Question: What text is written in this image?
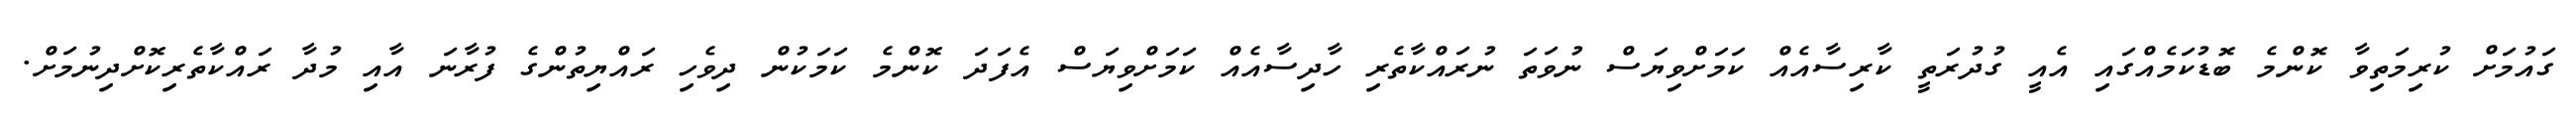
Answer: ގައުމަށް ކުރިމަތިވާ ކޮންމެ ބޮޑުކަމެއްގައި އެއީ ގުދުރަތީ ކާރިސާއެއް ކަމަށްވިޔަސް ނުވަތަ ނުރައްކާތެރި ހާދިސާއެއް ކަމަށްވިޔަސް އެފަދަ ކޮންމެ ކަމަކުން ދިވެހި ރައްޔިތުންގެ ފުރާނަ އާއި މުދާ ރައްކާތެރިކޮށްދިނުމަށް.